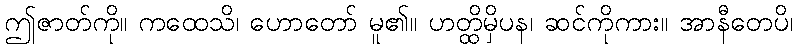
ဤဇာတ်ကို။ ကထေသိ၊ ဟောတော် မူ၏။ ဟတ္ထိမှိပန၊ ဆင်ကိုကား။ အာနီတေပိ၊